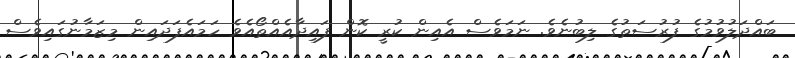
ބައްދަލުވުމުގެ ފުރުސަތުގެ ލިބުނެވެ. ނަމަވެސް އެއިން ކުރީ ކޮން ފައިދާއެއްތޯއެވެ ހަމައެފަދައިން މިޒަމާނުގައިވެސް